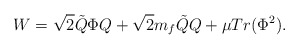
\begin{align*}W=\sqrt{2}\tilde{Q}\Phi Q +\sqrt{2}m_{f}\tilde{Q}Q +\mu Tr(\Phi^{2}).\end{align*}